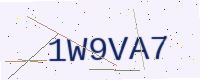
Text: 1W9VA7